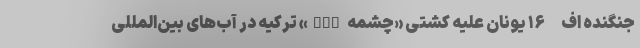
جنگنده اف-۱۶ یونان علیه کشتی «چشمه TCG» ترکیه در آب‌های بین‌المللی